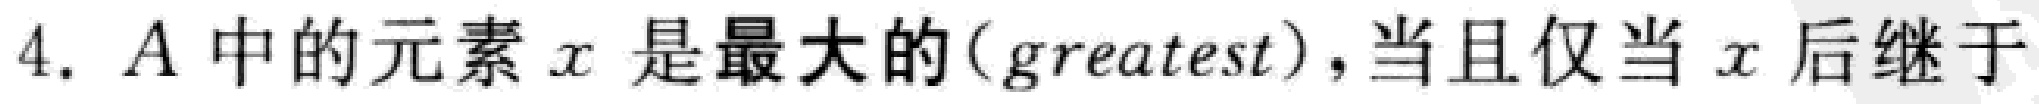
4. \(A\)中的元素\(x\)是最大的(greatest)，当且仅当\(x\)后继于